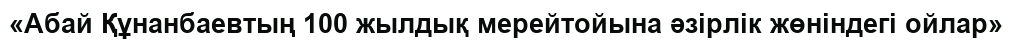
«Абай Құнанбаевтың 100 жылдық мерейтойына әзірлік жөніндегі ойлар»